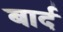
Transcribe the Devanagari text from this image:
बार्द